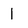
Character: 1